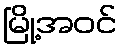
မြို့အဝင်